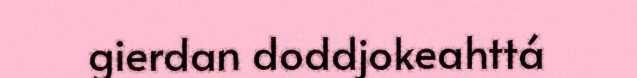
gierdan doddjokeahttá